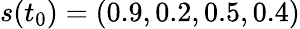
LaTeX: s(t_{0})=(0.9,0.2,0.5,0.4)